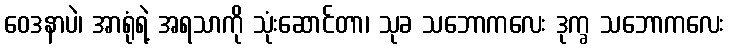
ဝေဒနာပဲ၊ အာရုံရဲ့ အရသာကို သုံးဆောင်တာ၊ သုခ သဘောကလေး ဒုက္ခ သဘောကလေး